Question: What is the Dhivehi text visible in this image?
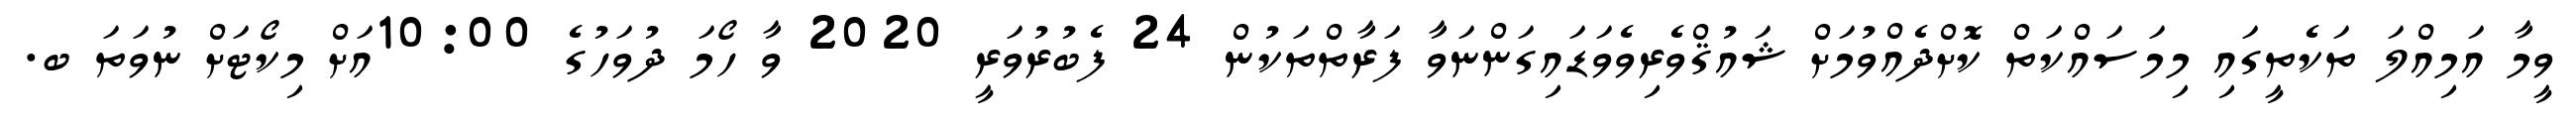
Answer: ވީމާ އަމިއްލަ ތަކެތީގައި މިމަސައްކަތް ކޮށްދެއްވުމަށް ޝައުޤްވެރިވެވަޑައިގަންނަވާ ފަރާތްތަކުން 24 ފެބުރުވަރީ 2020 ވާ ހޯމަ ދުވަހުގެ 10:00އަށް މިކޯޓަށް ނުވަތަ ބ.